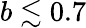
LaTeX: b\lesssim 0.7